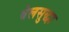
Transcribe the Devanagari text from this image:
बेलसुद्धा